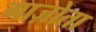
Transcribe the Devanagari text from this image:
गाज़ोता